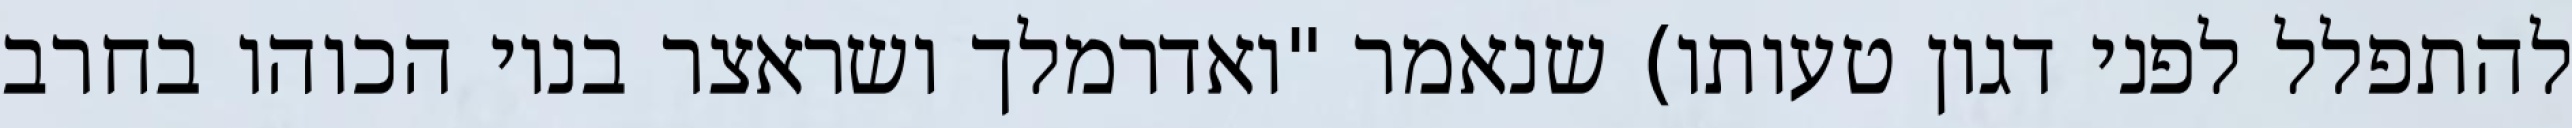
להתפלל לפני דגון טעותו) שנאמר "ואדרמלך ושראצר בניו הכוהו בחרב